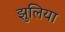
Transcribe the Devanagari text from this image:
झुलिया